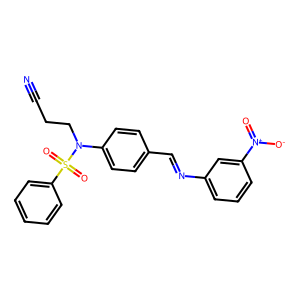
SMILES: N#CCCN(c1ccc(C=Nc2cccc([N+](=O)[O-])c2)cc1)S(=O)(=O)c1ccccc1
Inhibits HIV replication: No